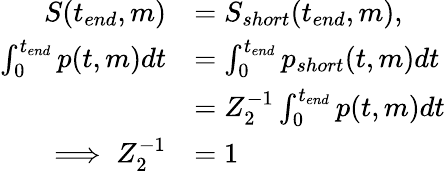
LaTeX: \begin{array}{rl}{S(t_{end},m)}&{=S_{short}(t_{end},m),}\\ {\int_{0}^{t_{end}}p(t,m)dt}&{=\int_{0}^{t_{end}}p_{short}(t,m)dt}\\ &{=Z_{2}^{-1}\int_{0}^{t_{end}}p(t,m)dt}\\ {\implies Z_{2}^{-1}}&{=1}\end{array}